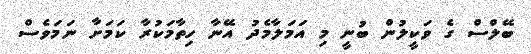
ބޭލްސް ގެ ވަކީލުން ބުނީ މި އަމަލާމެދު އޭނާ ހިތާމަކުރާ ކަމަށާ ނަމަވެސް